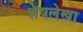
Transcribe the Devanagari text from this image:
शेषलेखा